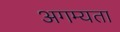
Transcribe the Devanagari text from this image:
अगम्यता